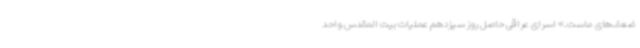
ضعف‌های ماست.» اسرای عراقی حاصل روز سیزدهم عملیات بیت المقدس واحد